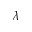
\lambda